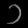
Digit: ၁